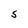
Character: S